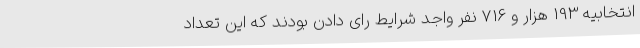
انتخابیه 193 هزار و 716 نفر واجد شرایط رای دادن بودند که این تعداد